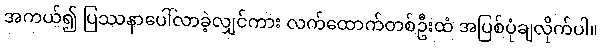
အကယ်၍ ပြဿနာပေါ်လာခဲ့လျှင်ကား လက်ထောက်တစ်ဦးထံ အပြစ်ပုံချလိုက်ပါ။